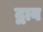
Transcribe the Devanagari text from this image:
द्वाव